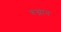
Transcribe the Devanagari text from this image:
रुग्नान